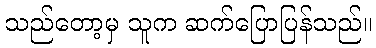
သည်တော့မှ သူက ဆက်ပြောပြန်သည်။